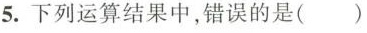
5.下列运算结果中，错误的是()